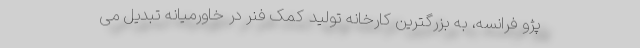
پژو فرانسه، به بزرگترین کارخانه تولید کمک فنر در خاورمیانه تبدیل می